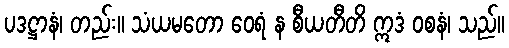
ပဒဋ္ဌာနံ၊ တည်း။ သံယမတော ဝေရံ န စီယတီတိ ဣဒံ ဝစနံ၊ သည်။